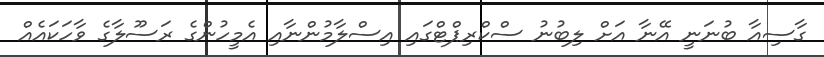
ގާސިއާ ބުނަނީ އޭނާ އަށް ލިބުނު ސްކްރިޕްޓްގައި އިސްލާމުންނާއި އެމީހުންގެ ރަސޫލާގެ ވާހަކައެއް